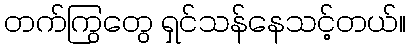
တက်ကြွတွေ ရှင်သန်နေသင့်တယ်။